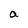
Character: a